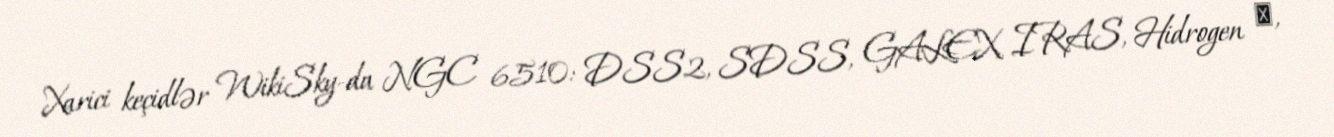
Xarici keçidlər WikiSky-da NGC 6510: DSS2, SDSS, GALEX, IRAS, Hidrogen α,